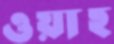
ওয়াহ